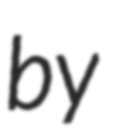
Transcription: by